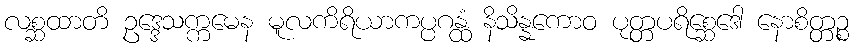
လစ္ဆထာတိ ဥဒ္ဒေသက္ကမေန မူလကိရိယာကပ္ပဂန္ထံ နိသိန္နကောဝ ပုတ္တပရိစ္ဆေဒေါ နောစိတ္တဉ္စ